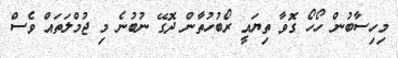
މިހިސާބުން ހޯހޯ ގޮވާ ތިޔައީ ރޯބުހުތާން ދޮގޭ ނުބުނެ މި ޖުމްލަތައް ވެސް